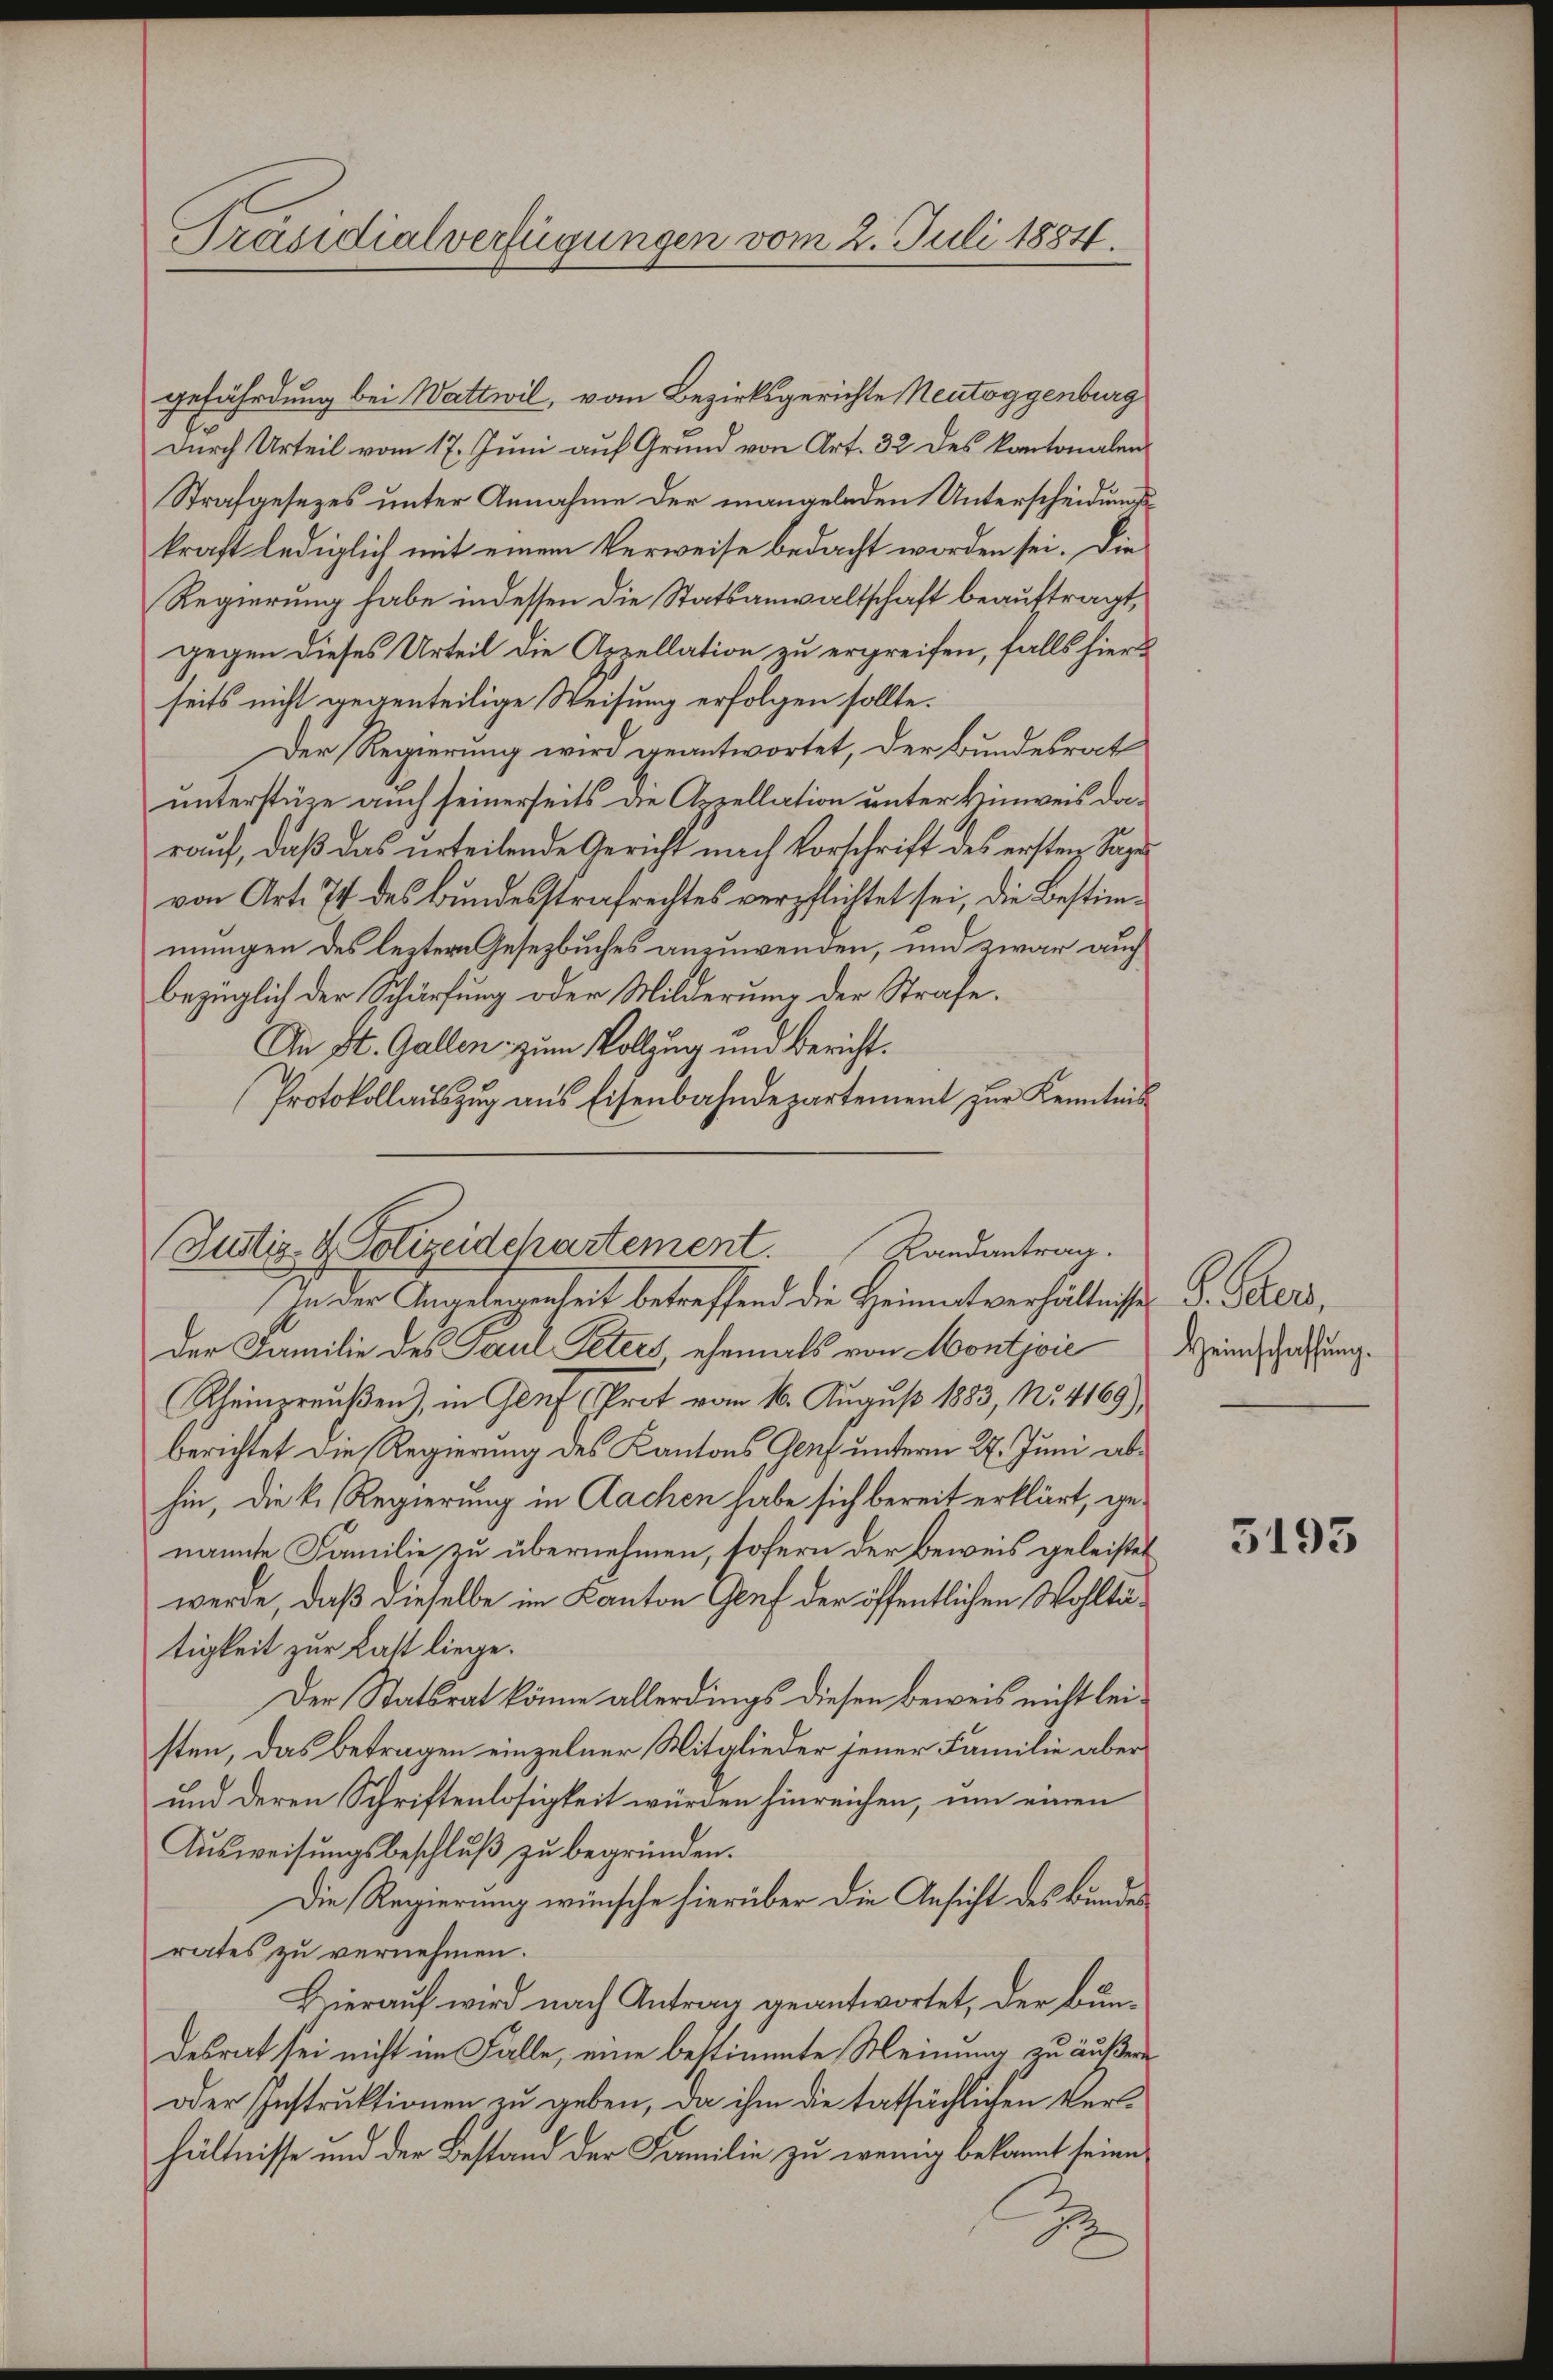
Präsidialverfügungen vom 2. Juli 1884.

gefährdung bei Wattwil, von Bezirksgerichte Neutoggenburg
Durch Urteil vom 17. Juni auf Grund von Art. 32 des kantonalen
Strafgesezes unter Annahme der mangelnden Unterscheidungskraft lediglich mit einem Verweise bedacht worden sei. Die
Regierung habe indessen die Statsanwaltschaft beauftragt,
gegen dieses Urteil die Appellation zu ergreifen, falls hierseits nicht gegenteilige Weisung erfolgen sollte.
Der Regierung wird geantwortet, der Bundesrat
unterstüze auch seinerseits die Appellation unter Hinweis darauf, daß das urteilende Gericht nach Vorschrift des ersten Sage
von Art. 74 des Bundesstrafrechtes verpflichtet sei, die Bestimmungen des leztern Gesetzbuches anzuwenden, und zwar auch
bezüglich der Schürfung oder Milderung der Strafe.
An St. Gallen zum Vollzug und Bericht.
Protokollauszug aus Eisenbahndepartement zur Kenntnis

(Justiz & Polizeidchartement. Randantrag.

In der Angebenenheit betreffend die Heimatverhältniße
der Familie des Paul Peters ehemals von Montjvić
Rheinpreußen), in Gluf (Prot vom 16. August 1883, No. 4169),
berichtet die Regierung des Kantons Genf unterm 27. Juni abhin, die k. Regierung in Aachen habe sich bereit erklärt, genannte Familie zu übernehmen, sofern der Beweis geleistet
werde, daß dieselbe im Kanton Gluf der öffentlichen Wohltätigkeit zur Last liege.
Der Statsrat könne allerdings diesen Beweis nicht leisten, das Betragen einzelner Mitglieder jener Familie aber
und deren Schriftenlosigkeit würden hinreichen, um einen
Ausweisungsbeschluß zu begründen.
Die Regierung wünsche hierüber die Ansicht des Bundes
rates zu vernehmen.
Hierauf wird nach Antrag geantwortet, der Bun-
desrat sei nicht im Falle, eine bestimmte Meinung zu äußeren
oder Instruktionen zu geben, da ihm die tatsächlichen Verhältnisse und der Bestand der Familie zu wenig bekannt seien
So

P. Pater,
Heimschaffung.

3193